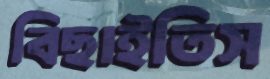
বিছাইতিস